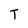
Character: T